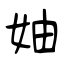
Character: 妯